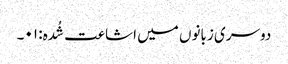
دوسری زبانوں میں اشاعت شُدہ: ۰۱۔